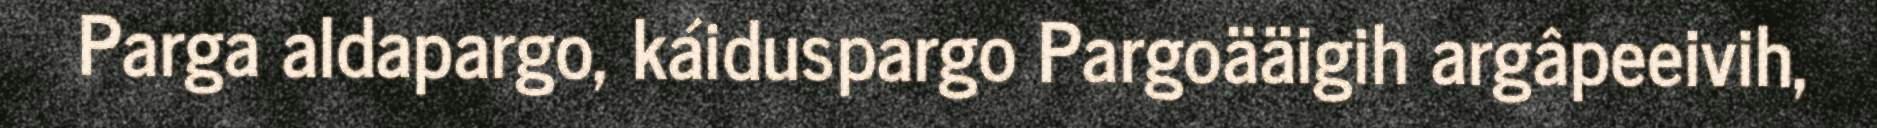
Parga aldapargo, káiduspargo Pargoääigih argâpeeivih,